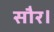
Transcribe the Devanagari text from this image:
सौर।